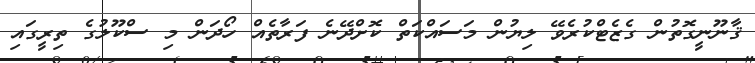
ޤާނޫނީގޮތުން ގެޒެޓްކުރެވޭ ލިޔުން މަސައްކަތް ކޮށްދޭނެ ފަރާތެއް ހޯދަން މި ސްކޫލުގެ ތިރީގައި